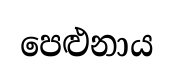
පෙළුනාය